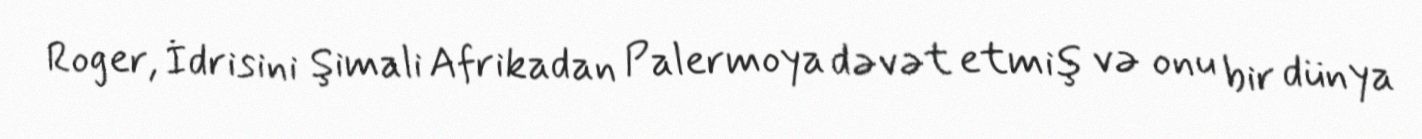
Roger, İdrisini Şimali Afrikadan Palermoya dəvət etmiş və onu bir dünya